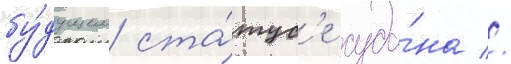
бу́дущем ста́тус'е суда́на //